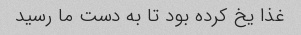
غذا یخ کرده بود تا به دست ما رسید